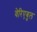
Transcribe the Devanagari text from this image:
वेरिएबुल